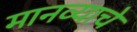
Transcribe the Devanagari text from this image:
मानव्याचे